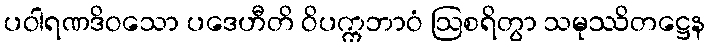
ပဝါရဏဒိဝသော ပဒေဟီတိ ဝိပက္ကဘာဝံ ဩစရိတွာ သမုဿိတဋ္ဌေန